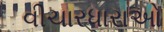
વીચારધારાઓ